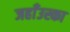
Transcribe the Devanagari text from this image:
जहाँउस्का